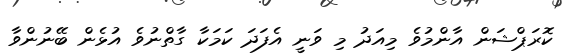
ކޮރަޕްޝަން އާންމުވެ މިއަދު މި ވަނީ އެފަދަ ކަމަކާ ގާތްނުވެ އުޅެން ބޭނުންވާ